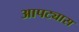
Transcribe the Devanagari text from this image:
आपट्यास